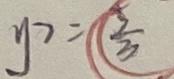
y ^ { 2 } = ( \frac { 5 } { 3 } )